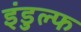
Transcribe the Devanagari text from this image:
इंडुल्फ